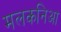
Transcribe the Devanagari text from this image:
मलकनिआ